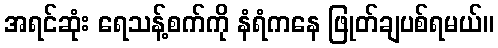
အရင်ဆုံး ရေသန့်စက်ကို နံရံကနေ ဖြုတ်ချပစ်ရမယ်။